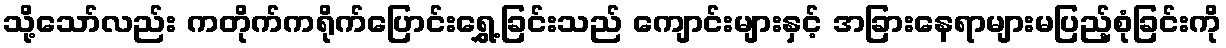
သို့သော်လည်း ကတိုက်ကရိုက်ပြောင်းရွှေ့ခြင်းသည် ကျောင်းများနှင့် အခြားနေရာများမပြည့်စုံခြင်းကို